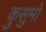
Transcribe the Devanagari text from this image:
कुसुमों